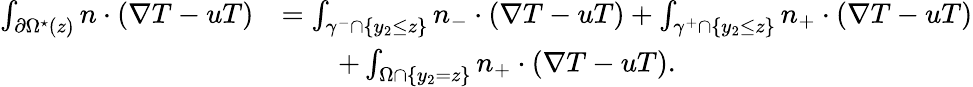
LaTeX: \begin{array}{rl}{\int_{\partial\Omega^{\star}(z)}n\cdot(\nabla T-uT)}&{=\int_{\gamma^{-}\cap\{ y_{2}\leq z\} }n_{-}\cdot(\nabla T-uT)+\int_{\gamma^{+}\cap\{ y_{2}\leq z\} }n_{+}\cdot(\nabla T-uT)}\\ &{\qquad+\int_{\Omega\cap\{ y_{2}=z\} }n_{+}\cdot(\nabla T-uT).}\end{array}